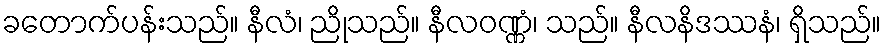
ခတောက်ပန်းသည်။ နီလံ၊ ညိုသည်။ နီလဝဏ္ဏံ၊ သည်။ နီလနိဒဿနံ၊ ရှိသည်။